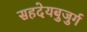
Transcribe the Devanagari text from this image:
सहदेयबुजुर्ग